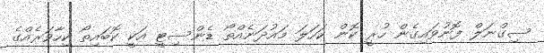
ސިގްނަލް ފޮނުވައިގެން ހުރީ ކޮން ކަހަލަ މައުދަނެއްތޯ ޑެންސިޓީ އަކީ ކޮޮބައިތޯ ކިހާވަރެއްގެ